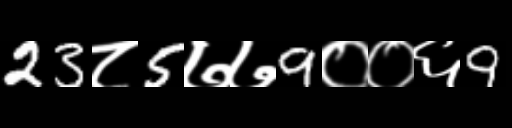
Text: 23८5७७9००६9